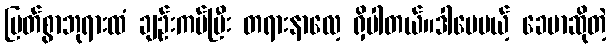
မြတ်စွာဘုရားထံ ချဉ်းကပ်ပြီး တရားနာလေ့ ရှိပါတယ်။ဒါပေမယ့် ခေမာဆိုတဲ့